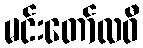
မင်းတော်လဝီ